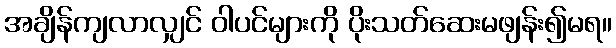
အချိန်ကျလာလျှင် ဝါပင်များကို ပိုးသတ်ဆေးမဖျန်း၍မရ။